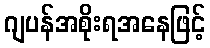
ဂျပန်အစိုးရအနေဖြင့်